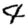
Digit: 4